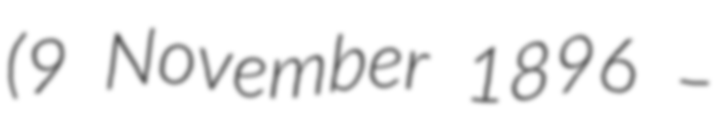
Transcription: (9 November 1896 –